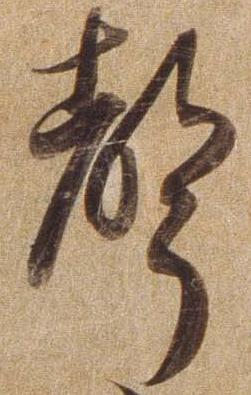
声